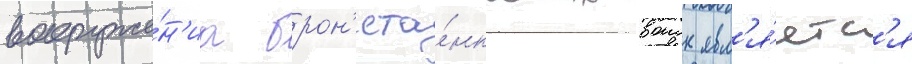
вооруже́н'иа брон'ета́нковых воиск явл'я́етс'я